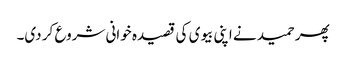
پھر حمید نے اپنی بیوی کی قصیدہ خوانی شروع کر دی۔